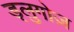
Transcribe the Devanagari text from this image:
ड्लुगोज़